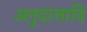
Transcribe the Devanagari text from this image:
अनुदात्तादि